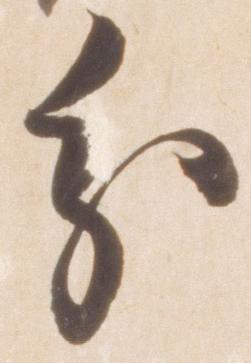
分